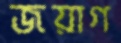
জয়াগ